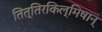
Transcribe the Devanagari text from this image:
तित्तिरकिल्मिषान्